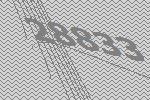
28833